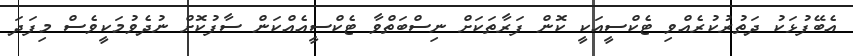
އެބޭފުޅަކު ދަތުރުކުރެއްވި ޓެކްސީއަކީ ކޮން ފަރާތަކަށް ނިސްބަތްވާ ޓެކްސީއެއްކަން ސާފުކޮށް ނުދެވުމަކީވެސް މިފަދަ